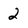
Character: 2